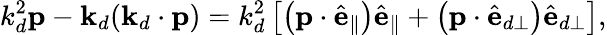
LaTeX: k_{d}^{2}\mathbf{p}-\mathbf{k}_{d}(\mathbf{k}_{d}\cdot\mathbf{p})=k_{d}^{2}\left[\left(\mathbf{p}\cdot\hat{\mathbf{e}}_{\parallel}\right)\hat{\mathbf{e}}_{\parallel}+\left(\mathbf{p}\cdot\hat{\mathbf{e}}_{d\perp}\right)\hat{\mathbf{e}}_{d\perp}\right],